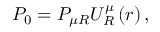
P _ { 0 } = P _ { \mu R } U _ { R } ^ { \mu } \left( r \right) ,